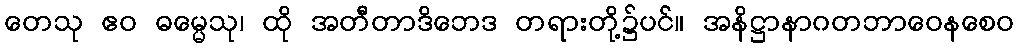
တေသု ဧဝ ဓမ္မေသု၊ ထို အတီတာဒိဘေဒ တရားတို့၌ပင်။ အနိဋ္ဌာနာဂတဘာဝေနစေဝ